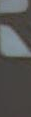
"